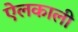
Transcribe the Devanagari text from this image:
ऐलकाली